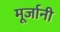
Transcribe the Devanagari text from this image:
मूर्जानी